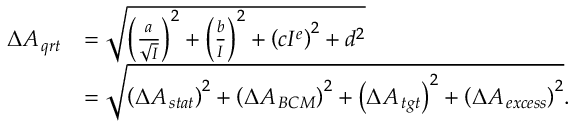
\begin{array} { r l } { \Delta { { A _ { \, q r t } } } } & { = \sqrt { \left( \frac { a } { \sqrt { I } } \right) ^ { 2 } + \left( \frac { b } { I } \right) ^ { 2 } + \left( c I ^ { e } \right) ^ { 2 } + d ^ { 2 } } } \\ & { = \sqrt { \left( \Delta { { A _ { \, s t a t } } } \right) ^ { 2 } + \left( \Delta { { A _ { \, B C M } } } \right) ^ { 2 } + \left( \Delta { { A _ { \, t g t } } } \right) ^ { 2 } + \left( \Delta { { A _ { \, e x c e s s } } } \right) ^ { 2 } } . } \end{array}